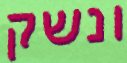
ונשק